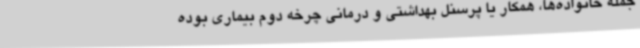
جمله خانواده‌ها، همکار یا پرسنل بهداشتی و درمانی چرخه دوم بیماری بوده